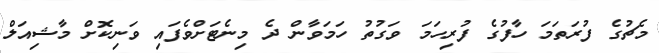
މެޗުގެ ފުރަތަމަ ހާފުގެ ފުރިހަމަ ވަގުތު ހަމަވާން ދެ މިނެޓަށްވެފައި ވަނިކޮށް މާޝިއަލް